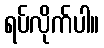
ရပ်လိုက်ပါ။